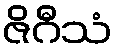
ဇိဂီသံ